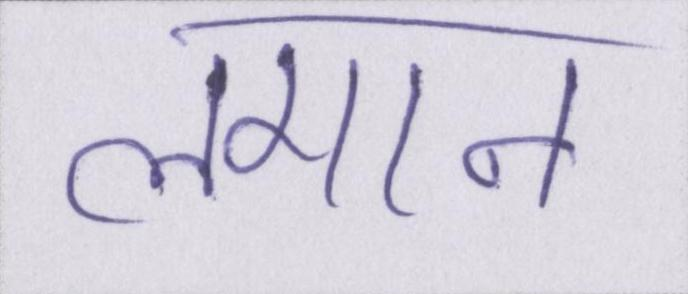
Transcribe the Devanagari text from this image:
लगान